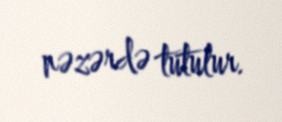
nəzərdə tutulur.